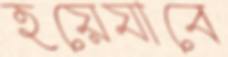
হয়েযাবে